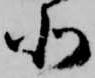
北